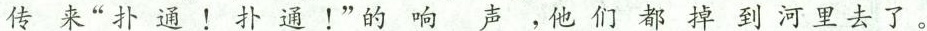
传来“扑通！扑通！”的响声，他们都掉到河里去了。